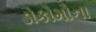
ડોકોમોના